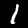
Label: 1